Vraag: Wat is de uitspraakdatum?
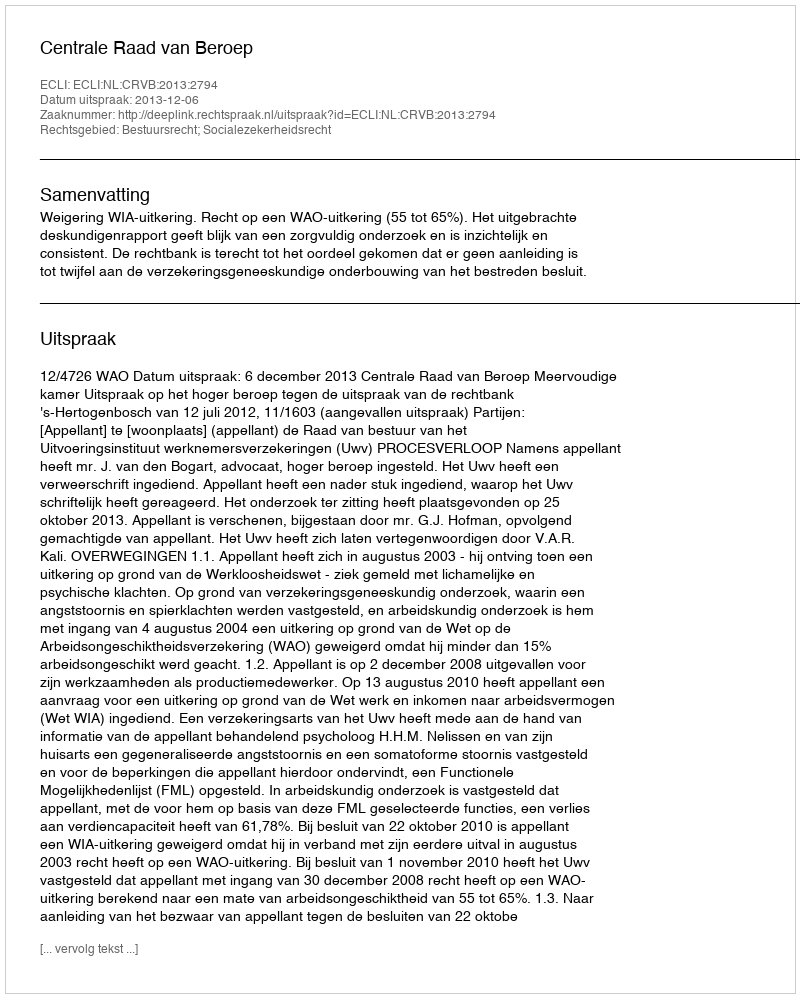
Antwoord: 2013-12-06